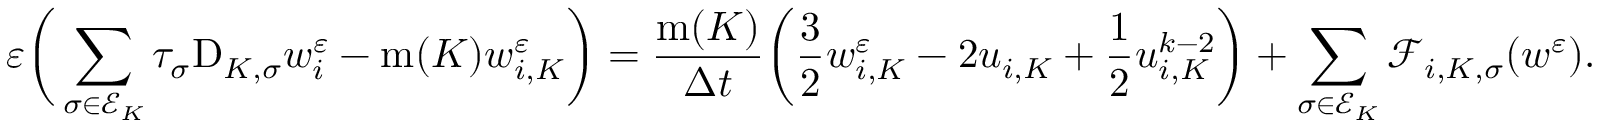
\varepsilon \bigg ( \sum _ { \sigma \in { \mathcal E } _ { K } } \tau _ { \sigma } \mathrm { D } _ { K , \sigma } w _ { i } ^ { \varepsilon } - \operatorname { m } ( K ) w _ { i , K } ^ { \varepsilon } \bigg ) = \frac { \operatorname { m } ( K ) } { \Delta t } \bigg ( \frac 3 2 w _ { i , K } ^ { \varepsilon } - 2 u _ { i , K } + \frac 1 2 u _ { i , K } ^ { k - 2 } \bigg ) + \sum _ { \sigma \in { \mathcal E } _ { K } } { \mathcal F } _ { i , K , \sigma } ( w ^ { \varepsilon } ) .